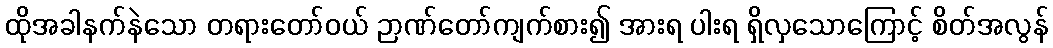
ထိုအခါနက်နဲသော တရားတော်ဝယ် ဉာဏ်တော်ကျက်စား၍ အားရ ပါးရ ရှိလှသောကြောင့် စိတ်အလွန်